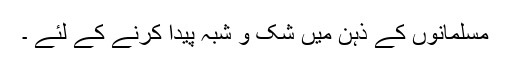
مسلمانوں کے ذہن میں شک و شبہ پیدا کرنے کے لئے ۔